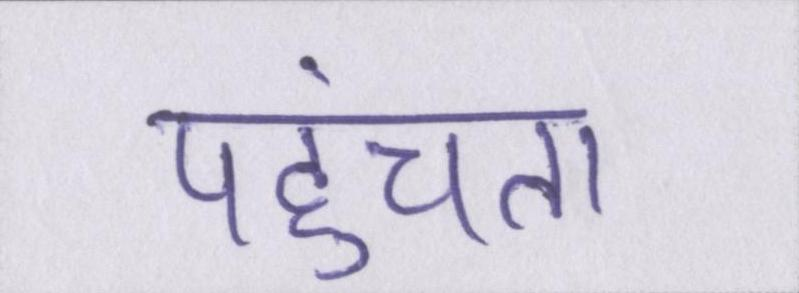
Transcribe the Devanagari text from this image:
पहुंचता